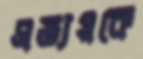
প্রত্যয়কে